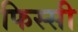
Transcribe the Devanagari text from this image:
फिस्सी